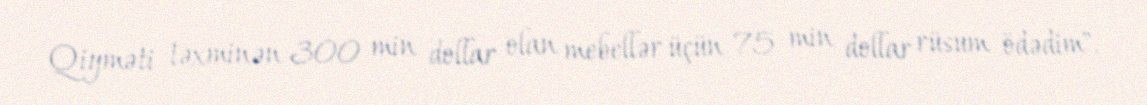
Qiyməti təxminən 300 min dollar olan mebellər üçün 75 min dollar rüsum ödədim".